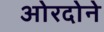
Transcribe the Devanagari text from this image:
ओरदोने